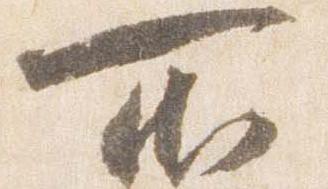
所